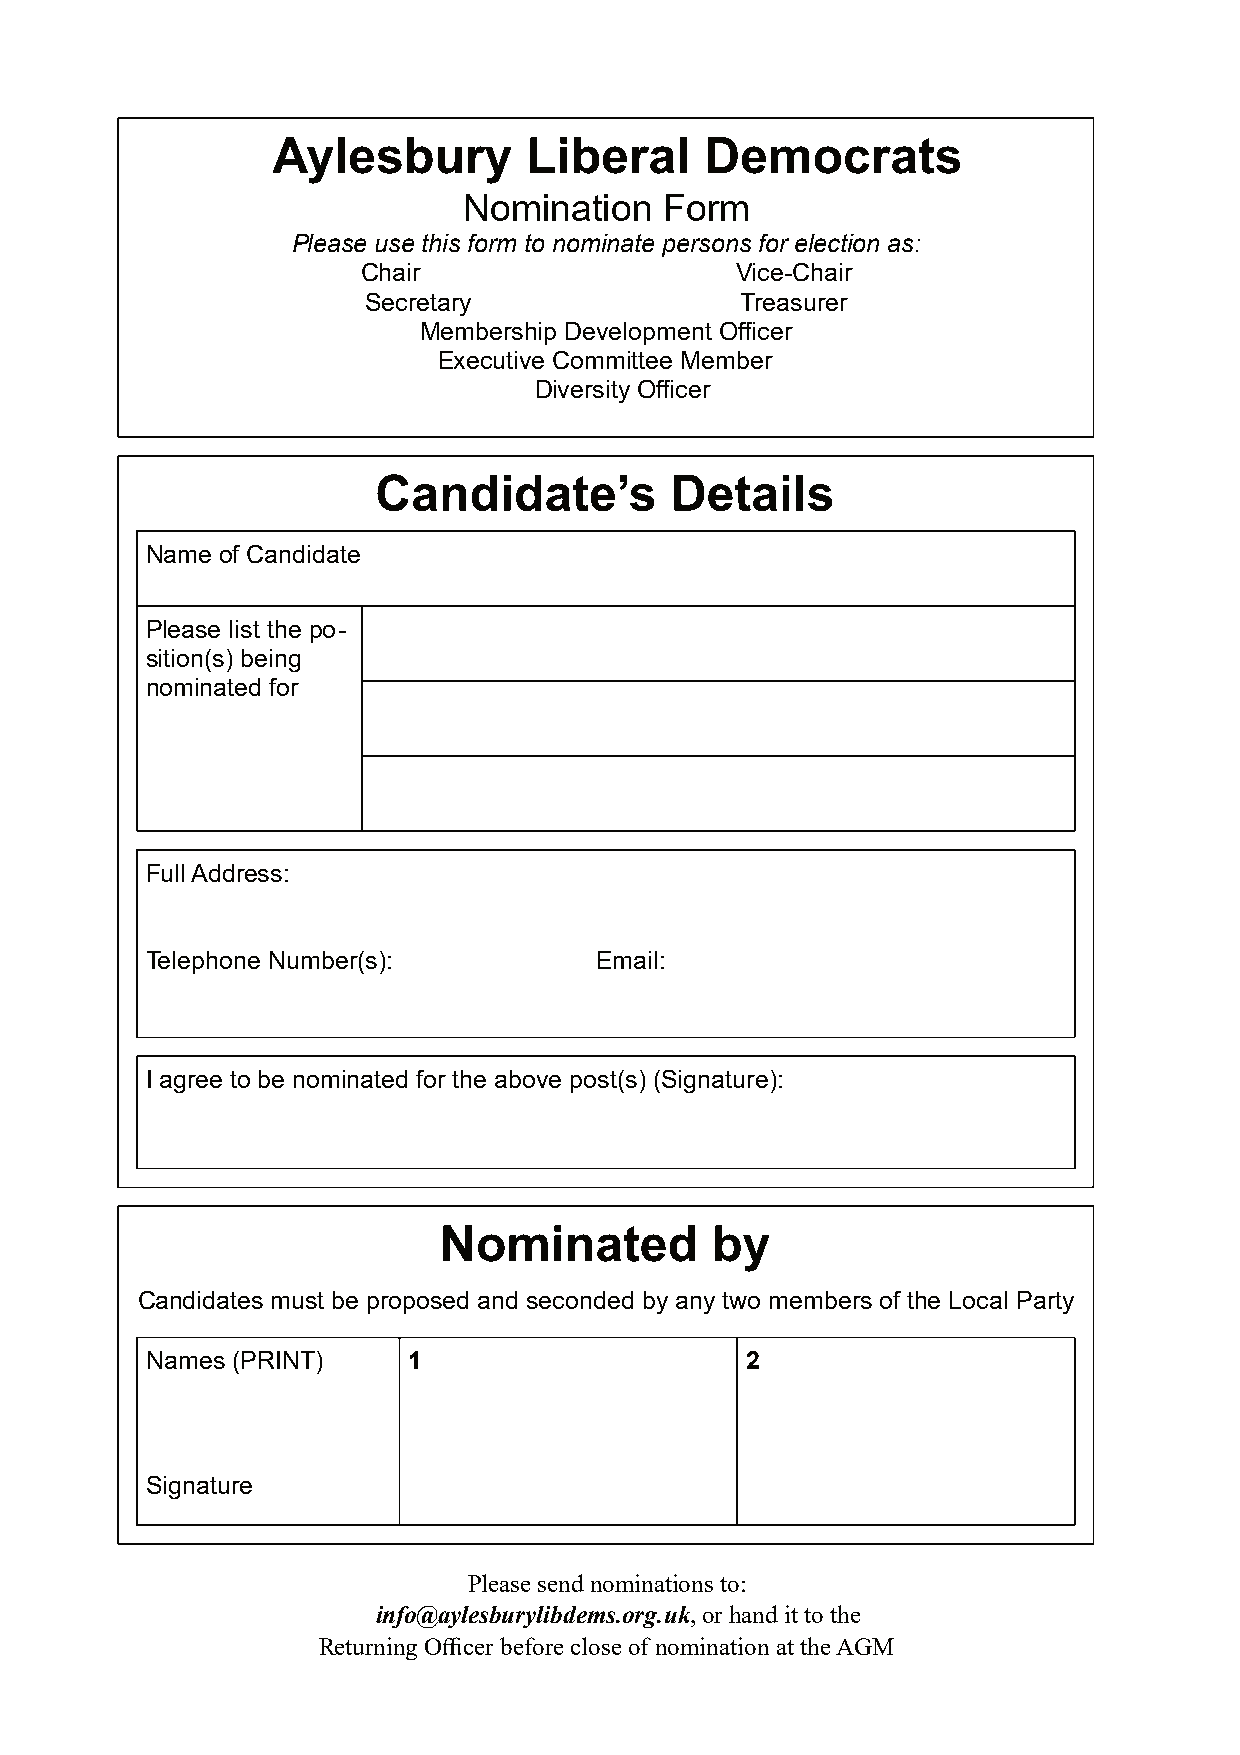
Aylesbury        Liberal     Democrats
 Nomination   Form
 Please use this form to nominate persons for election as:
 Chair                    Vice-Chair
 Secretary                Treasurer
 Membership Development Officer
 Executive Committee Member
 Diversity Officer
 Candidate’s        Details
 Name of Candidate
 Please list the po-
 sition(s) being
 nominated for
 FullAddress:
 Telephone Number(s):         Email:
 I agree to be nominated for the above post(s) (Signature):
 Nominated         by
 Candidates must be proposed and seconded by any two members of the Local Party
 Names (PRINT)    1                     2
 Signature
 Pleasesend nominations to:
 info@aylesburylibdems.org.uk,or handittothe
 Returning Officer beforecloseof nomination attheAGM